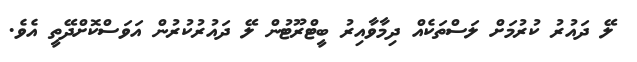
ލޭ ދައުރު ކުރުމަށް ލަސްތަކެއް ދިމާވާއިރު ބީޓްރޫޓުން ލޭ ދައުރުކުރުން އަވަސްކޮށްދޭތީ އެވެ.